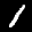
Label: 1